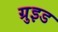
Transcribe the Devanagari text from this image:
ग्रुइड